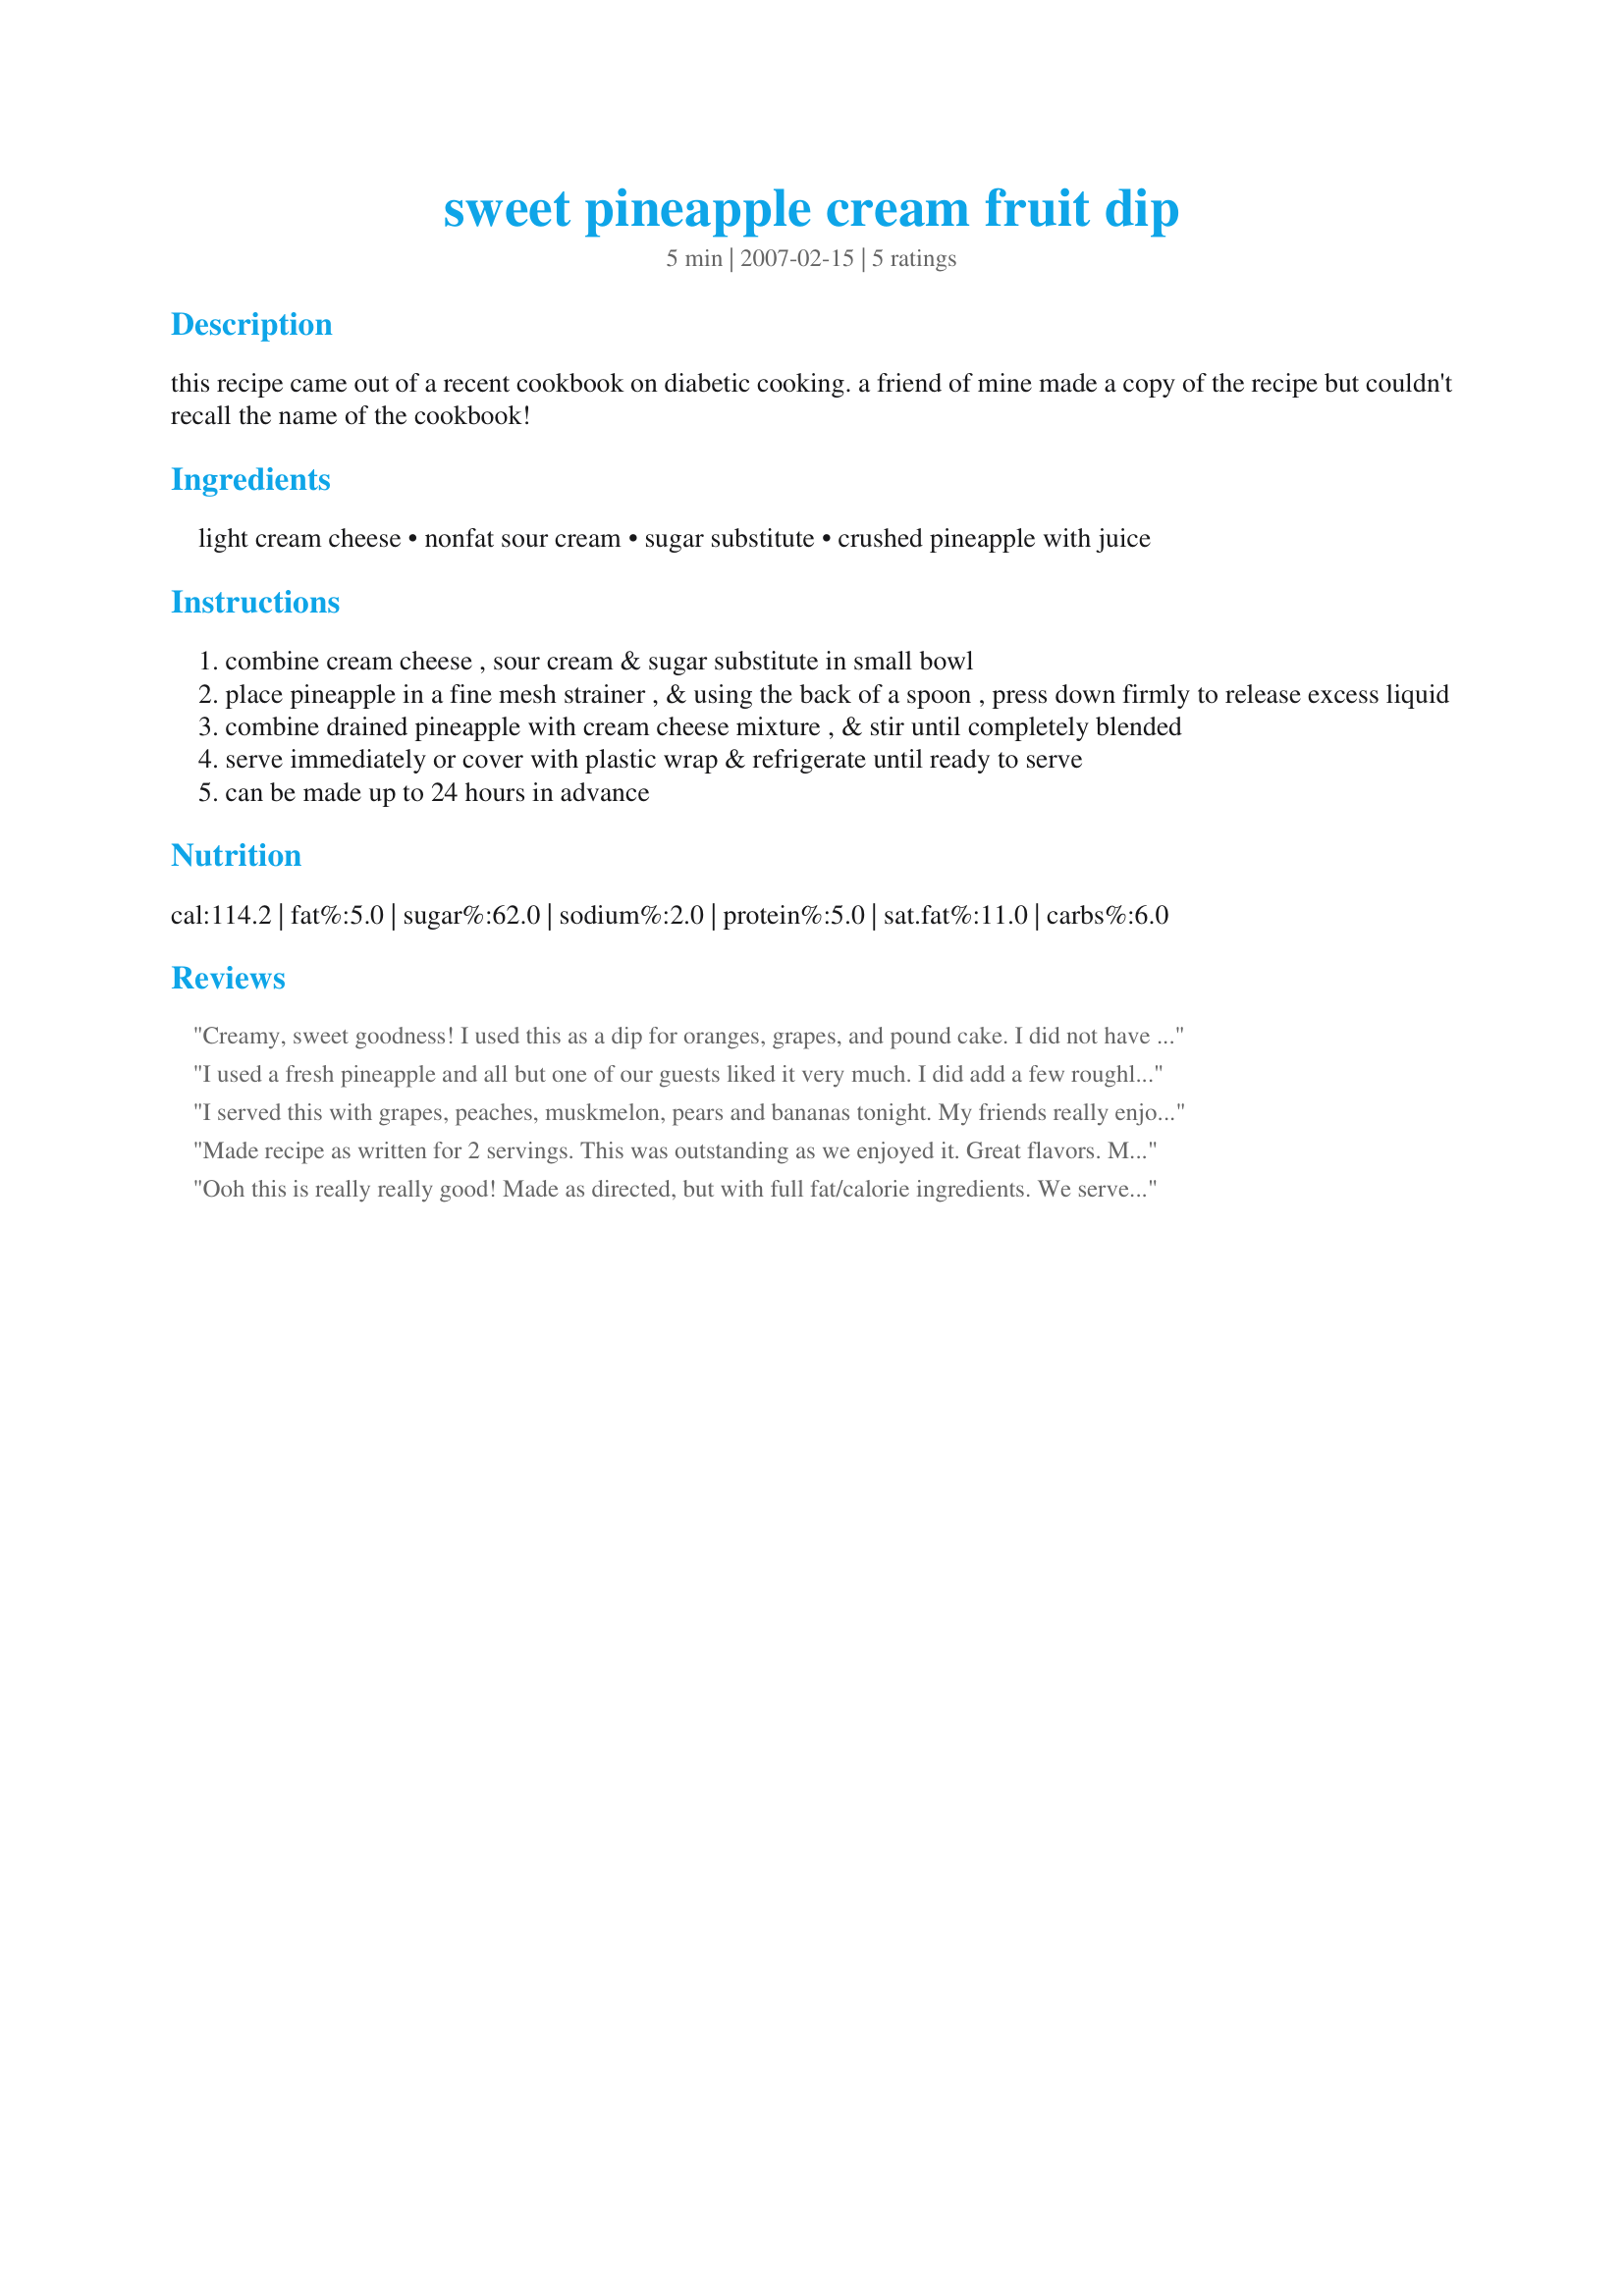
sweet pineapple cream fruit dip
Preparation time: 5 minutes

this recipe came out of a recent cookbook on diabetic cooking. a friend of mine made a copy of the recipe but couldn't recall the name of the cookbook!

Ingredients:
light cream cheese, nonfat sour cream, sugar substitute, crushed pineapple with juice

Steps:
combine cream cheese , sour cream & sugar substitute in small bowl
place pineapple in a fine mesh strainer , & using the back of a spoon , press down firmly to release excess liquid
combine drained pineapple with cream cheese mixture , & stir until completely blended
serve immediately or cover with plastic wrap & refrigerate until ready to serve
can be made up to 24 hours in advance

Reviews:
Creamy, sweet goodness! I used this as a dip for oranges, grapes, and pound cake. I did not have whipped cream cheese so I just used regular and zapped it in the microwave a few seconds. This mixed really well with my immersion blender. It remined me of an appetizer my mom used to make with cream cheese and crushed pineapple rolled up in thin ham slices. Loved this Syd!
I used a fresh pineapple and all but one of our guests liked it very much.
I did add a few roughly chopped pineapple pieces at the end too... as a guest who wandered into the kitchen wanted them in. Please see my Rating System: A nice refreshing change from many other styles of dip that should please most. Thanks!
I served this with grapes, peaches, muskmelon, pears and bananas tonight. My friends really enjoyed it. This is very easy to make. I put the pineapple into a coffee filter and squeezed out the juice. I also used cream cheese in making mine. Made for Edition 5: *Make My Recipe 2008* game from the Aussie/NZ forum
Made recipe as written for 2 servings. This was outstanding as we enjoyed it. Great flavors. Made for Gimme 5.
Ooh this is really really good! Made as directed, but with full fat/calorie ingredients. We served this wonderful treat with graham crackers. Thanks for posting this keeper recipe!
